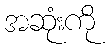
အဆုံးကို